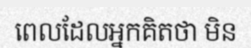
ពេលដែលអ្នកគិតថា មិន